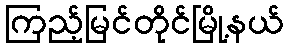
ကြည့်မြင်တိုင်မြို့နယ်